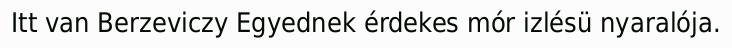
Itt van Berzeviczy Egyednek érdekes mór izlésü nyaralója.